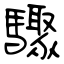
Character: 驟